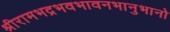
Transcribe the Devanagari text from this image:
श्रीरामभद्रभवभावनभानुभानो